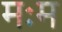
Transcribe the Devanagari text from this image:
मःम